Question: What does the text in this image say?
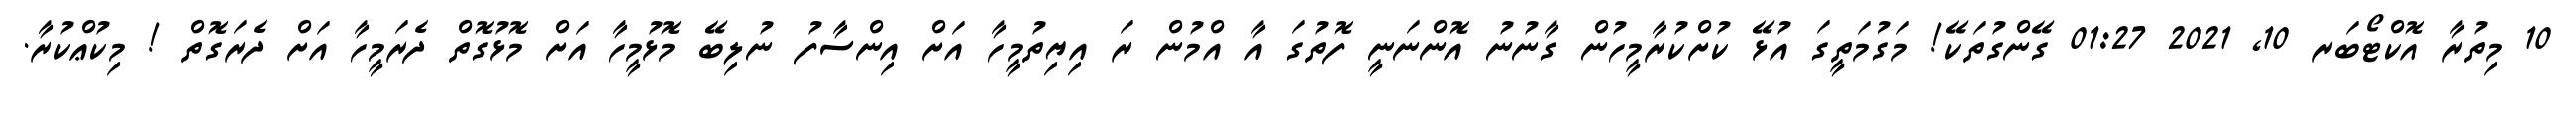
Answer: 10 މިތުރާ އޮކްޓޯބަރ 10, 2021 01:27 ގޭންގުތަކޭ! މަގުމަތީގަ އުޅޭ ކުށްކުރާމީހުން ގާނުނު އޮންނަނީ ފޮތުގަ އާ އްމުން ރަ އިޔިތުމީހާ އަށް އިންސާފު ނުލިބޭ މޮޅުމީހާ އަށް މޮޅުގޮތް ދެރަމީހާ އަށް ދެރަގޮތް ! މިކުޢްކުރާ.